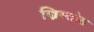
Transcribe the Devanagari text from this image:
ख्रिस्‍तोस